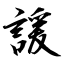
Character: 諼